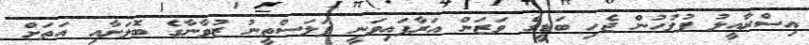
އިސްރާއީލު ފުލުހުން ޖެހި ބަޑީގެ ވަޒަން އަރާފައިވަނީ ފަލަސްތީނު ޒުވާނާގެ ބޮލަށާއި އަތަށް